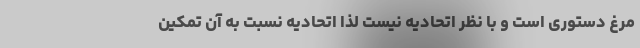
مرغ دستوری است و با نظر اتحادیه نیست لذا اتحادیه نسبت به آن تمکین